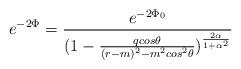
LaTeX: \begin{align*}e^{-2\Phi} = {e^{-2\Phi_{0}}\over (1 - {qcos\theta\over(r - m)^{2} - m^{2}cos^{2}\theta})^{2\alpha\over 1 + \alpha^{2}}}\end{align*}